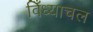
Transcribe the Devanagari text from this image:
विँध्याचल